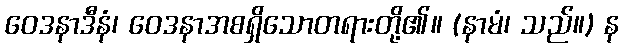
ဝေဒနာဒီနံ၊ ဝေဒနာအစရှိသောတရားတို့၏။ (နာမံ၊ သည်။) န